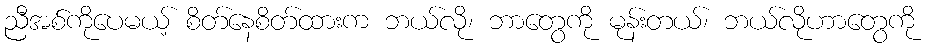
ညီအစ်ကိုပေမယ့် စိတ်နေစိတ်ထားက ဘယ်လို၊ ဘာတွေကို မုန်းတယ်၊ ဘယ်လိုဟာတွေကို